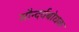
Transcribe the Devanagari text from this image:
सौन्दर्यबोधक